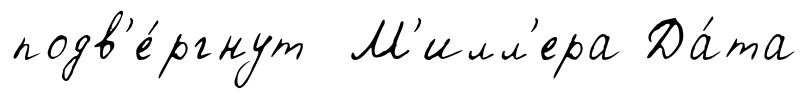
подв'е́ргнут М'илл'ера Да́та